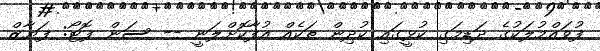
ފުވައްމުލަކުގެ ދަޑިމަގި ކުޅީގައި ކުދިން ތަކެއް އުފާކޮށްލަނީ -- ސަން ފޮޓޯ: ފަޔާޒް